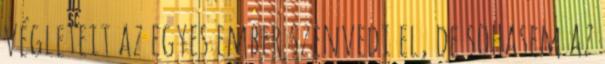
végleteit az egyes ember szenvedi el, de sohasem az